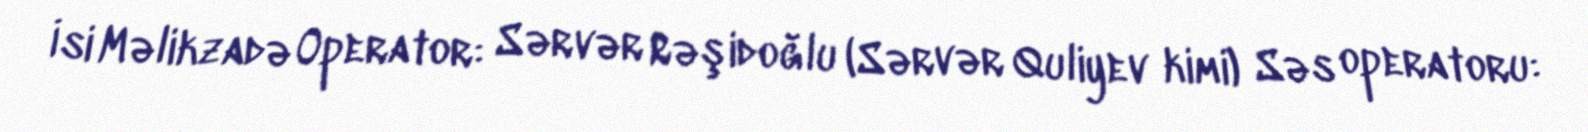
İsi Məlikzadə Operator: Sərvər Rəşidoğlu (Sərvər Quliyev kimi) Səs operatoru: